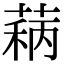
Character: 𬝦